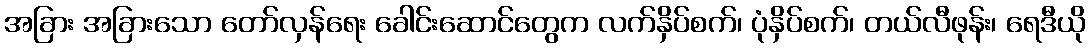
အခြား အခြားသော တော်လှန်ရေး ခေါင်းဆောင်တွေက လက်နှိပ်စက်၊ ပုံနှိပ်စက်၊ တယ်လီဖုန်း၊ ရေဒီယို